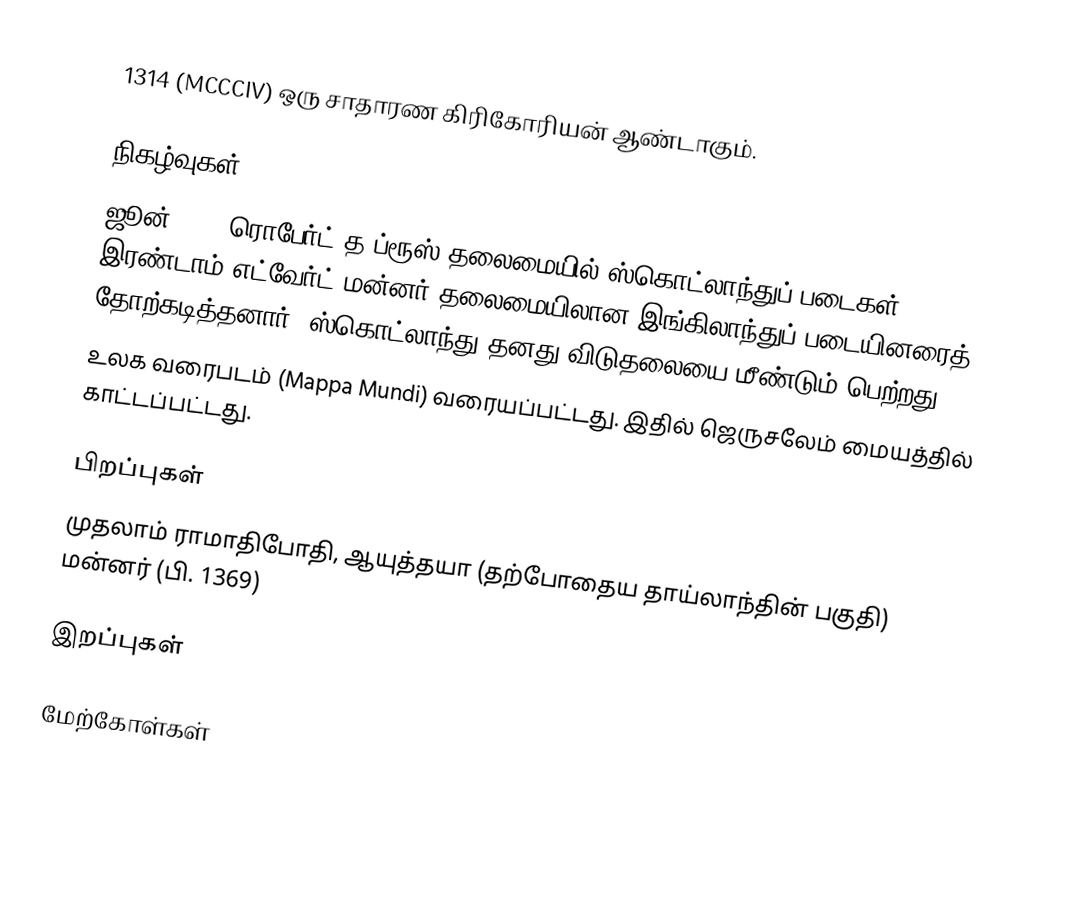
1314 (MCCCIV) ஒரு சாதாரண கிரிகோரியன் ஆண்டாகும்.

நிகழ்வுகள்
 ஜூன் 24 - ரொபேர்ட் த ப்ரூஸ் தலைமையில் ஸ்கொட்லாந்துப் படைகள் இரண்டாம் எட்வேர்ட் மன்னர் தலைமையிலான இங்கிலாந்துப் படையினரைத் தோற்கடித்தனார். ஸ்கொட்லாந்து தனது விடுதலையை மீண்டும் பெற்றது.
 உலக வரைபடம் (Mappa Mundi) வரையப்பட்டது. இதில் ஜெருசலேம் மையத்தில் காட்டப்பட்டது.

பிறப்புகள்
 முதலாம் ராமாதிபோதி, ஆயுத்தயா (தற்போதைய தாய்லாந்தின் பகுதி) மன்னர் (பி. 1369)

இறப்புகள்

மேற்கோள்கள்